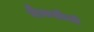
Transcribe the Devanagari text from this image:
मैकडोनो